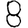
Digit: 8